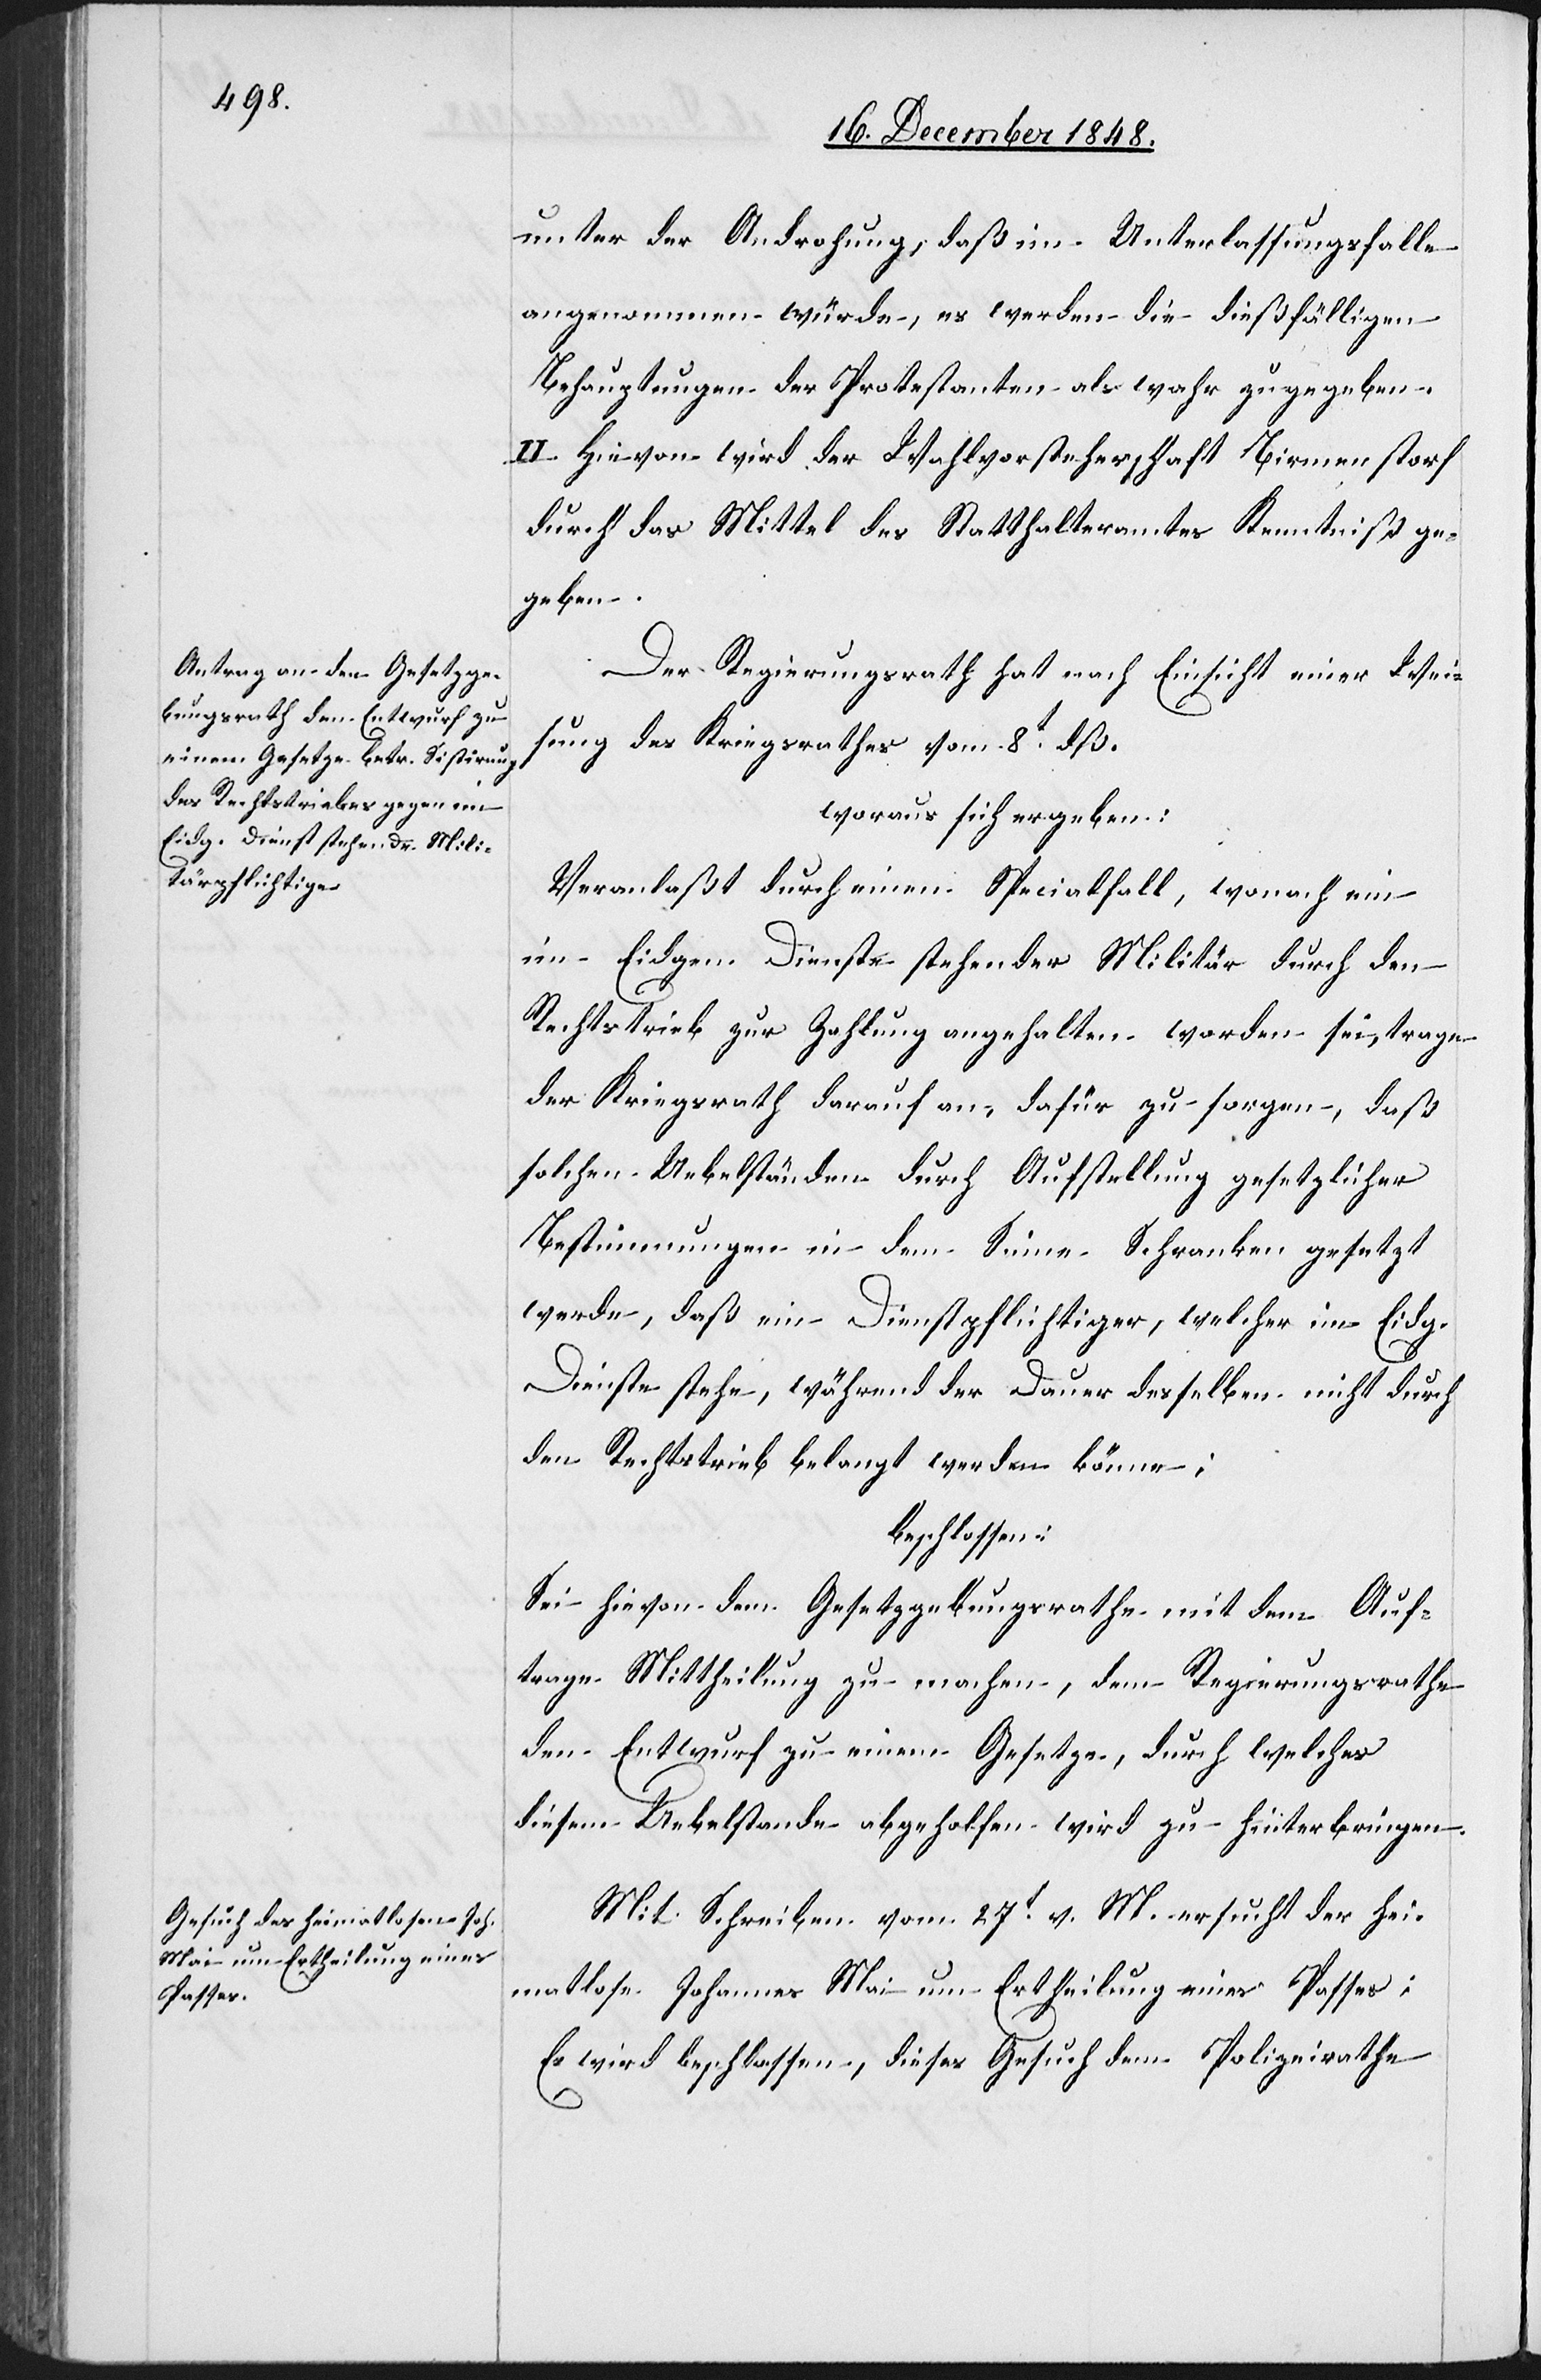
unter der Androhung, daß im Unterlassungsfalle
angenommen würde, es werden die dießfälligen
Behauptungen der Protestanten als wahr zugegeben.
II. Hievon wird der Wahlvorsteherschaft Birmenstorf
durch das Mittel des Statthalteramtes Kenntniß ge¬
geben.
Der Regierungsrath hat nach Einsicht einer Wei¬
sung des Kriegsrathes vom 8t dß.
woraus sich ergeben:
Veranlaßt durch einen Specialfall, wonach ein
im Eidgen. Dienste stehender Militär durch den
Rechtstrieb zur Zahlung angehalten worden sei, trage
der Kriegsrath darauf an, dafür zu sorgen, das
solchen Uebelständen durch Aufstellung gesetzlicher
Bestimmungen in dem Sinne Schranken gesetzt
werde, daß ein Dienstpflichtiger, welcher im Eidg.
Dienste stehe, während der Dauer desselben nicht durch
den Rechtstrieb belangt werden könne;
beschlossen:
Sei hievon dem Gesetzgebungsrathe mit dem Auf¬
trage Mittheilung zu machen, dem Regierungsrathe
den Entwurf zu einem Gesetze, durch welches
diesem Uebelstande abgeholfen wird zu hinterbringen.
Mit Schreiben vom 27t v. M. ersucht der hei¬
matlose Johannes Mai um Ertheilung eines Passes:
Es wird beschlossen, dieses Gesuch dem Polizeirathe